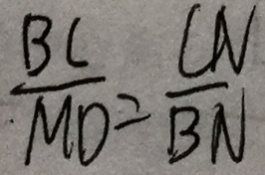
\frac { B C } { M D } = \frac { C M } { B N }